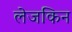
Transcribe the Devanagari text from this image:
लेजकिन